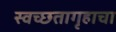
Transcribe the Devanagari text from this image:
स्वच्छतागृहाचा